Civil Veterinary Department. Madras. Admin. report 1926-33 - 1926-1933
Year: 1926
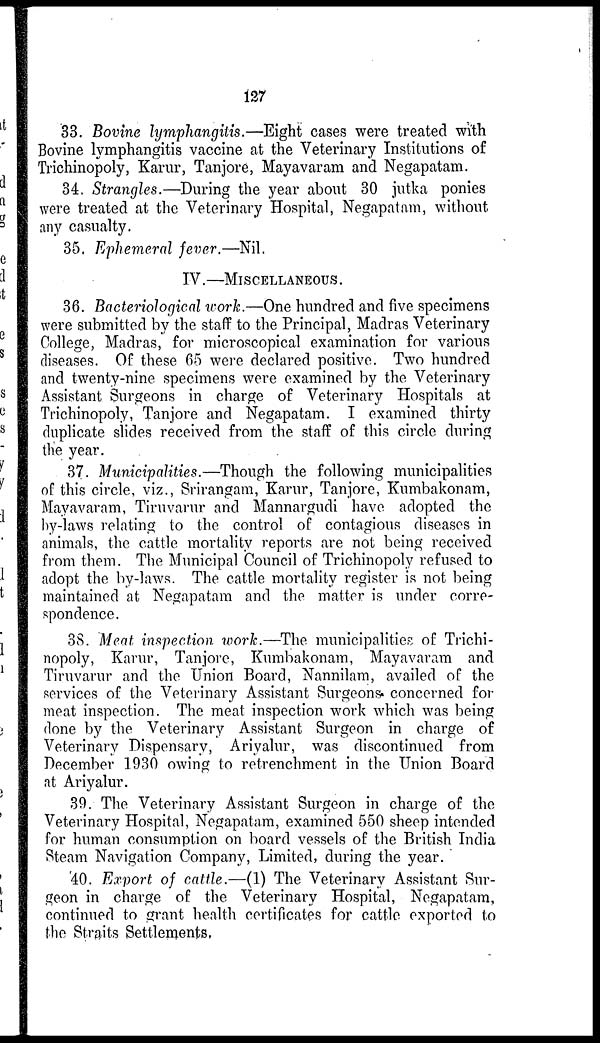
127
33. Bovine lymphangitis.—Eight cases were treated with
Bovine lymphangitis vaccine at the Veterinary Institutions of
Trichinopoly, Karur, Tanjore, Mayavaram and Negapatam.
34. Strangles.—During the year about 30 jutka ponies
were treated at the Veterinary Hospital, Negapatam, without
any casualty.
35. Ephemeral fever.—Nil.
IV.—MISCELLANEOUS..
36. Bacteriological work.—One hundred and five specimens
were submitted by the staff to the Principal, Madras Veterinary
College, Madras, for microscopical examination for various
diseases. Of these 65 were declared positive. Two hundred
and twenty-nine specimens were examined by the Veterinary
Assistant Surgeons in charge of Veterinary Hospitals at
Trichinopoly, Tanjore and Negapatam. I examined thirty
duplicate slides received from the staff of this circle during
the year.
37. Municipalities.—Though the following municipalities
of this circle, viz., Srirangam, Karur, Tanjore, Kumbakonam,
Mayavaram, Tiruvarur and Mannargudi have adopted the
by-laws relating to the control of contagious diseases in
animals, the cattle mortality reports are not being received
from them. The Municipal Council of Trichinopoly refused to
adopt the by-laws. The cattle mortality register is not being
maintained at Negapatam and the matter is under corre-
spondence.
38. Meat inspection work.—The municipalities of Trichi-
nopoly, Karur, Tanjore, Kumbakonam, Mayavaram and
Tiruvarur and the Union Board, Nannilam, availed of the
services of the Veterinary Assistant Surgeons concerned for
meat inspection. The meat inspection work which was being
done by the Veterinary Assistant Surgeon in charge of
Veterinary Dispensary, Ariyalur, was discontinued from
December 1930 owing to retrenchment in the Union Board
at Ariyalur.
39. The Veterinary Assistant Surgeon in charge of the
Veterinary Hospital, Negapatam, examined 550 sheep intended
for human consumption on board vessels of the British India
Steam Navigation Company, Limited, during the year.
40. Export of cattle.—(1) The Veterinary Assistant Sur-
geon in charge of the Veterinary Hospital, Negapatam,
continued to grant health certificates for cattle exported to
the Straits Settlements.